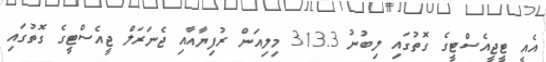
އެއީ ޓީޖީއެސްޓީގެ ގޮތުގައި ލިބުނު 313.3 މިލިއަން ރުފިޔާއާއި ޖެނަރަލް ޖީއެސްޓީގެ ގޮތުގައި